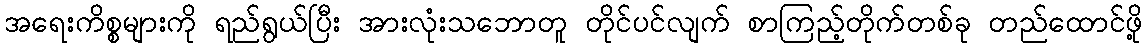
အရေးကိစ္စများကို ရည်ရွယ်ပြီး အားလုံးသဘောတူ တိုင်ပင်လျက် စာကြည့်တိုက်တစ်ခု တည်ထောင်ဖို့